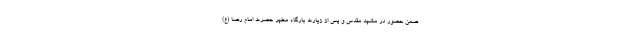
ضمن حضور در مشهد مقدس و پس از زیارت بارگاه مطهر حضرت امام رضا (ع)